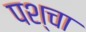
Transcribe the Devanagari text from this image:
पश्चा